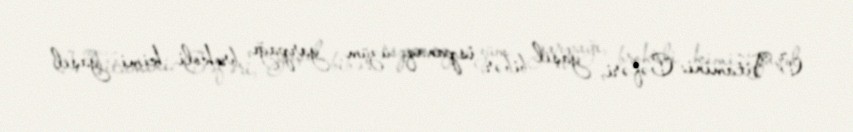
C Vitamini: Cəfəri, yaşıl bibər, ispanaq, üzüm yarpağı, brokoli kimi yaşıl